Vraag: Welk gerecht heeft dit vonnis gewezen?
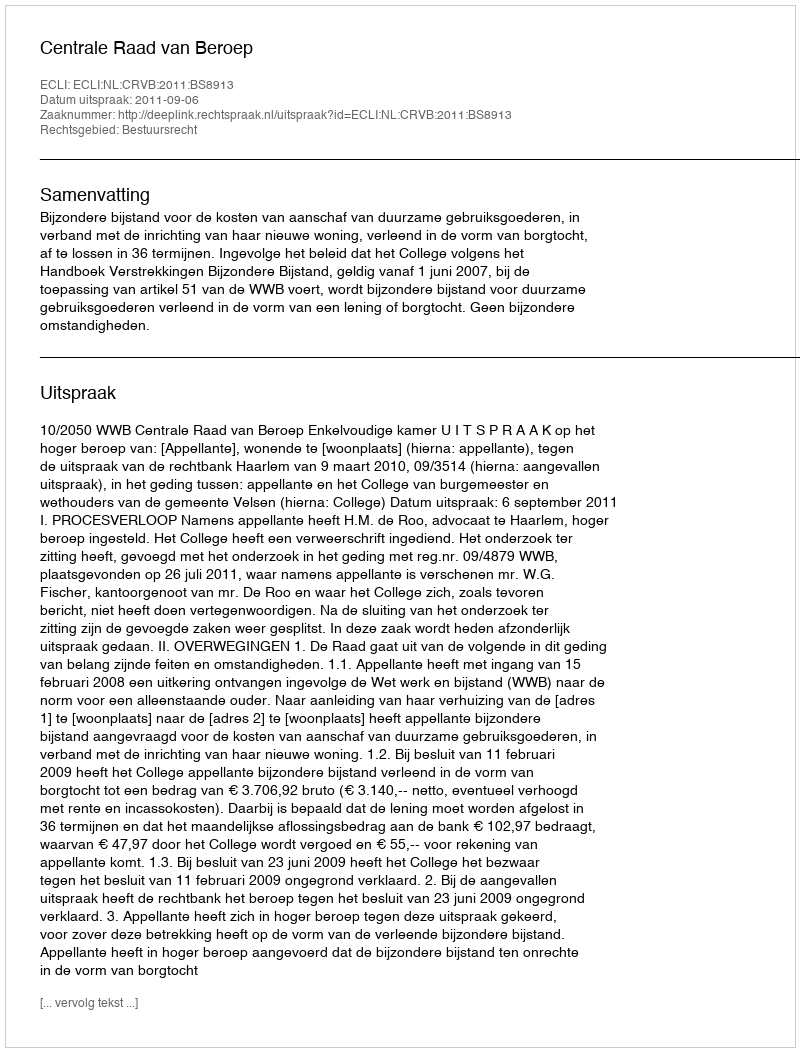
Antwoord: Centrale Raad van Beroep